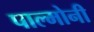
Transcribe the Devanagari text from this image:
पाल्मोनी